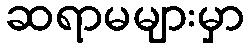
ဆရာမများမှာ